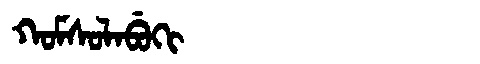
Manchu: ᡴᠣᠮᠰᠣᠯᠠᠪᡠᡴᡳ
Romanization: KOMSOLABUKI